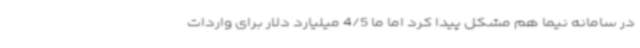
در سامانه نیما هم مشکل پیدا کرد اما ما 4/5 میلیارد دلار برای واردات